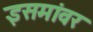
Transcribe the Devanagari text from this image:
इसमांवर